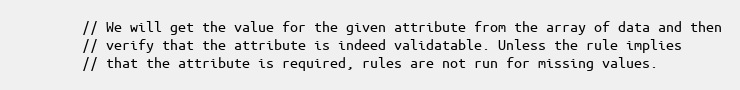
Language: PHP
		// We will get the value for the given attribute from the array of data and then
		// verify that the attribute is indeed validatable. Unless the rule implies
		// that the attribute is required, rules are not run for missing values.